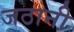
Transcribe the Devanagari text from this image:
जठानी